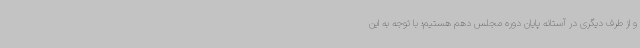
و از طرف دیگری در آستانه پایان دوره مجلس دهم هستیم؛ با توجه به این